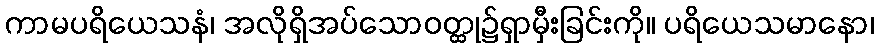
ကာမပရိယေသနံ၊ အလိုရှိအပ်သောဝတ္ထု၌ရှာမှီးခြင်းကို။ ပရိယေသမာနော၊